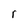
Character: r